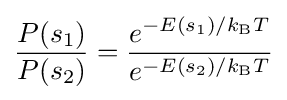
{\frac {P(s_{1})}{P(s_{2})}}={\frac {e^{-E(s_{1})/k_{\text{B}}T}}{e^{-E(s_{2})/k_{\text{B}}T}}}